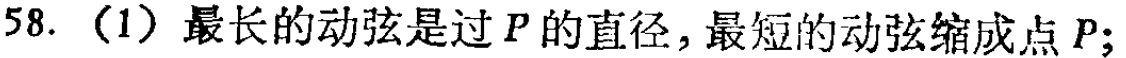
58. （1）最长的动弦是过\(P\)的直径，最短的动弦缩成点\(P\)；